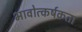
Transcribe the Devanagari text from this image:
भावोत्कर्षकता